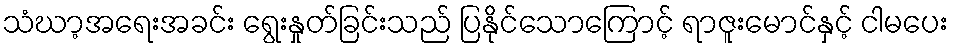
သံဃာ့အရေးအခင်း ရွေးနှုတ်ခြင်းသည် ပြနိုင်သောကြောင့် ရာဇူးမောင်နှင့် ငါမပေး